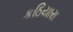
કઠિયારા